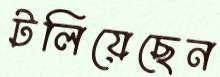
টলিয়েছেন